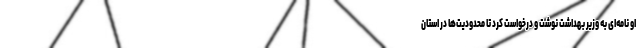
او نامه‌ای به وزیر بهداشت نوشت و درخواست کرد تا محدودیت‌ها در استان